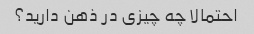
احتمالا چه چیزی در ذهن دارید؟